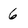
Character: 6